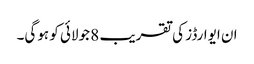
ان ایوارڈز کی تقریب 8 جولائی کو ہوگی۔